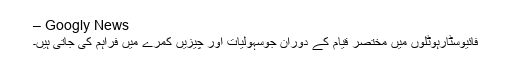
– Googly News
فائیوسٹارہوٹلوں میں مختصر قیام کے دوران جوسہولیات اور چیزیں کمرے میں فراہم کی جاتی ہیں۔